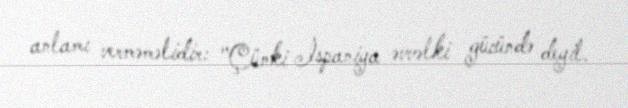
anlamı verməməlidir: "Çünki İspaniya əvvəlki gücündə deyil.